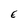
Character: E